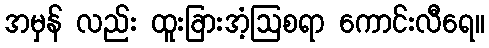
အမှန် လည်း ထူးခြားအံ့ဩစရာ ကောင်းလီရေ။